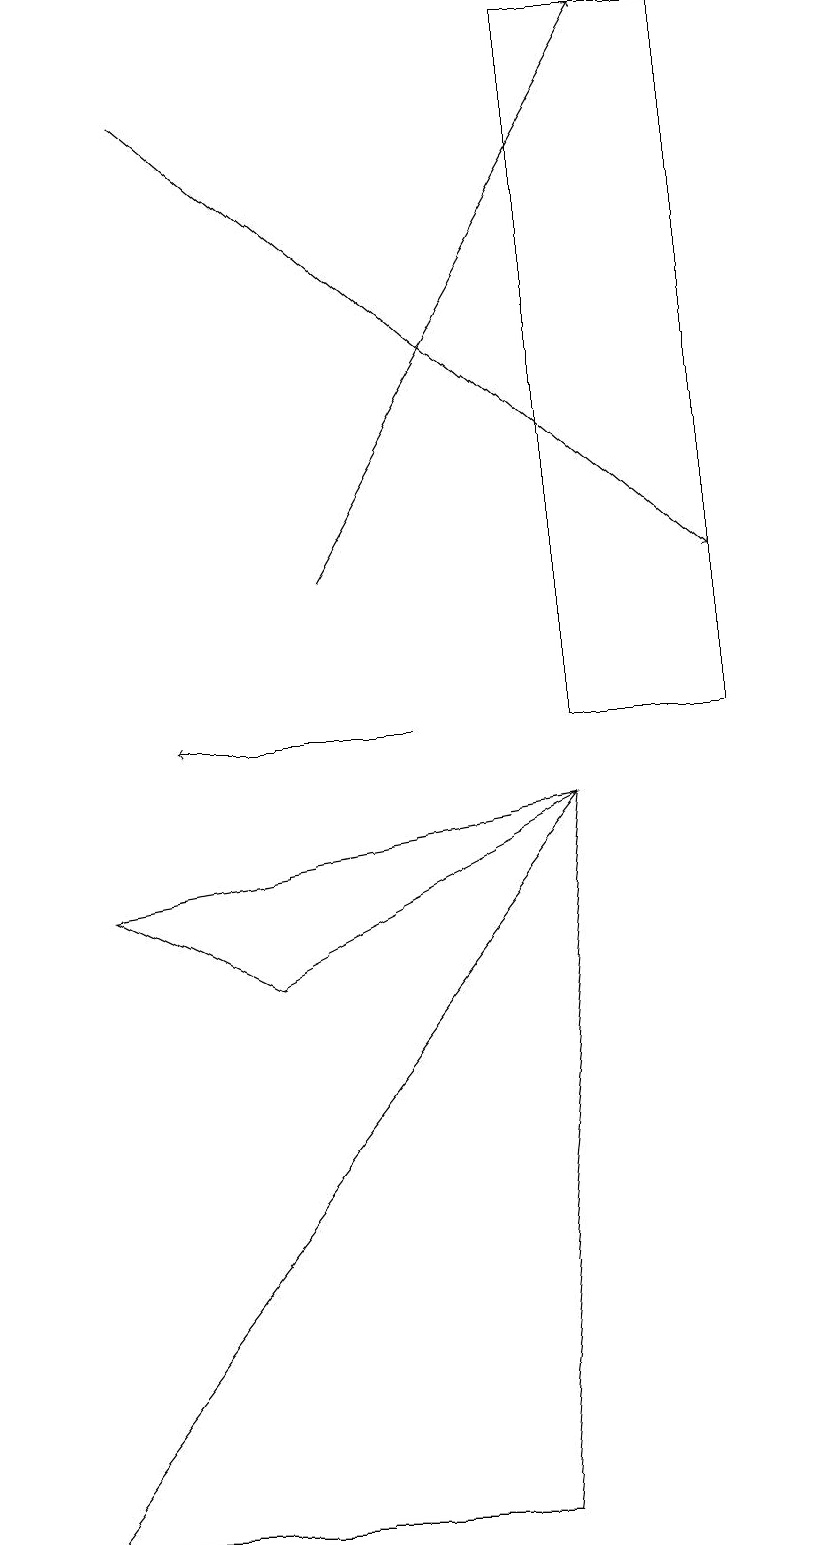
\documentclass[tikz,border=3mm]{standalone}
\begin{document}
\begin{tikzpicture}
\draw[->] (2,18) -- (9,12);
\draw (0,0) -- (6,0) -- (7,9) -- cycle;
\draw[->] (4,12) -- (8,19);
\draw[->] (5,10) -- (2,10);
\draw (9,10) rectangle (7,19);
\draw (3,7) -- (1,8) -- (7,9) -- cycle;
\draw (10,11) circle (0);
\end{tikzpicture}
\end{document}